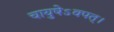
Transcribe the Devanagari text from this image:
चायुषेऽवपत्।